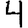
Digit: 4